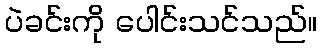
ပဲခင်းကို ပေါင်းသင်သည်။